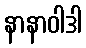
နာနာဝါဒါ